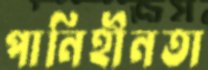
পানিহীনতা